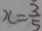
x = \frac { 3 } { 5 }